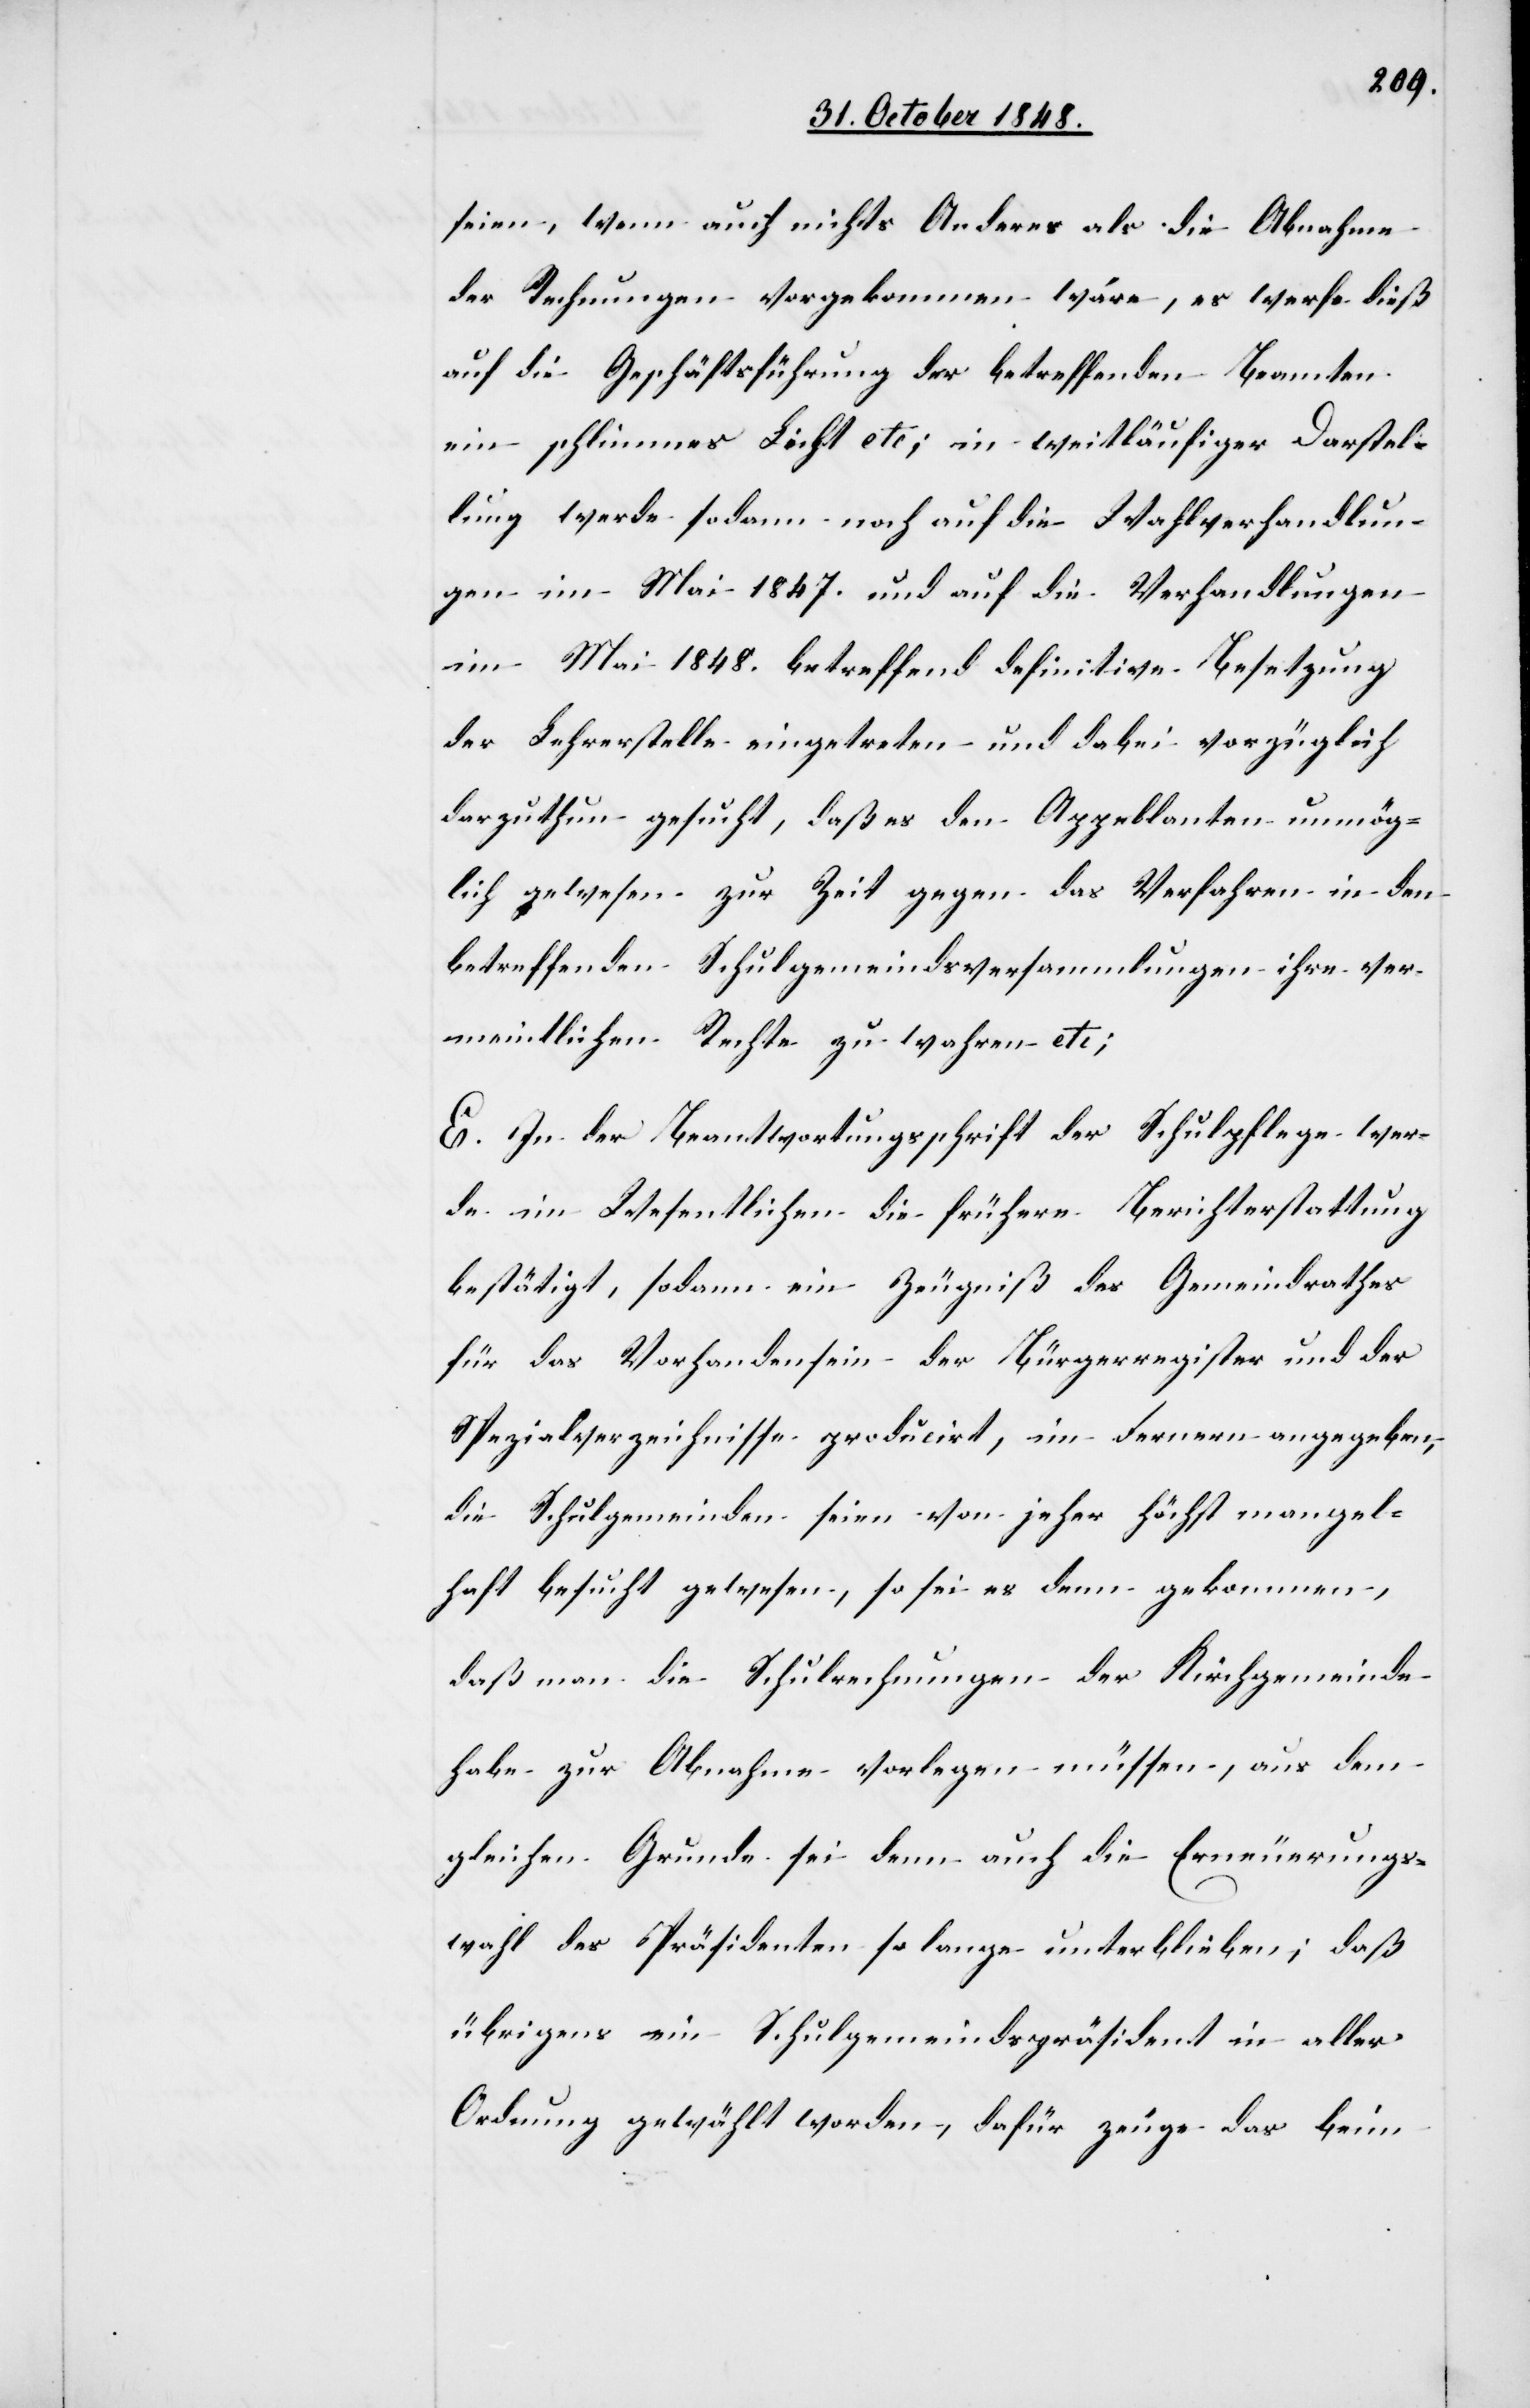
seien, wenn nichts Anderes als die Abnahme
der Rechnungen vorgekommen wäre, es werfe dieß
auf die Geschäftsführung der betreffenden Beamten
ein schlimmes Licht etc; in weitläufiger Darstel¬
lung werde sodann noch auf die Wahlverhandlun¬
gen im Mai 1847. und auf die Verhandlungen
im Mai 1848. betreffend definitive Besetzung
der Lehrerstelle eingetreten und dabei vorzüglich
darzuthung gesucht, daß es den Appellanten unmög¬
lich gewesen zur Zeit gegen das Verfahren in den
betreffenden Schulgemeindsversammlungen ihre ver¬
meintlichen Rechte zu wahren etc;
E. In der Beantwortungsschrift der Schulpflege wer¬
de im Wesentlichen die frühere Berichterstattung
bestätigt, sodann ein Zeugniß des Gemeindrathes
für das Vorhandensein der Bürgerregister und der
Spezialverzeichnisse producirt, im Fernern angegeben,
die Schulgemeinden seien von jeher höchst mangel¬
haft besucht gewesen, so sei es denn gekommen,
daß man die Schulrechnungen der Kirchgemeinde
habe zur Abnahme vorlegen müssen, aus dem
gleichen Grunde sei denn auch die Erneuerungs¬
wahl des Präsidenten so lange unterblieben; daß
übrigens ein Schulgemeindspräsident in aller
Ordnung gewählt worden, dafür zeuge das beim